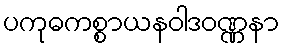
ပကုဓကစ္စာယနဝါဒဝဏ္ဏနာ